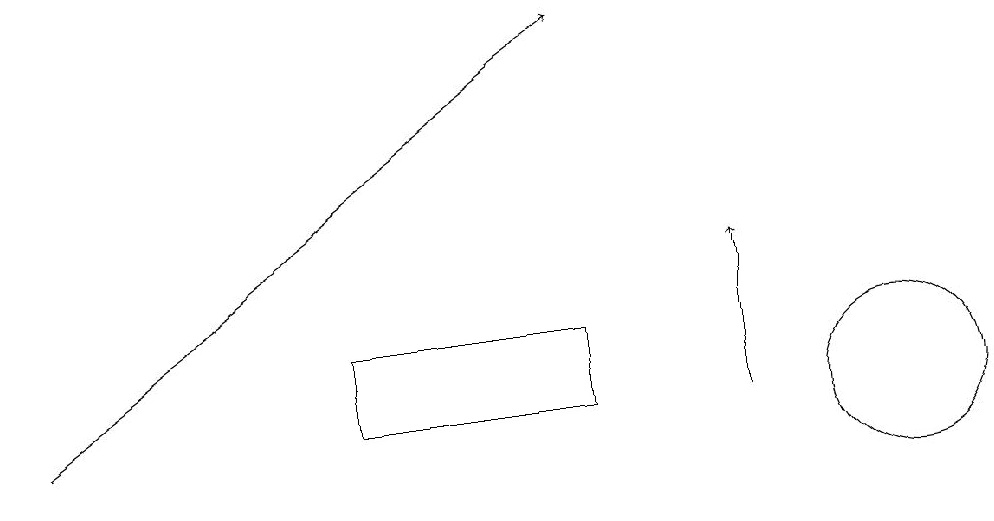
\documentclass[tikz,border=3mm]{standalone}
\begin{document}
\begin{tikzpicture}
\draw (7,12) rectangle (4,11);
\draw[->] (0,11) -- (7,16);
\draw[->] (9,11) -- (9,13);
\draw (11,11) circle (1);
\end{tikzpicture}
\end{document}